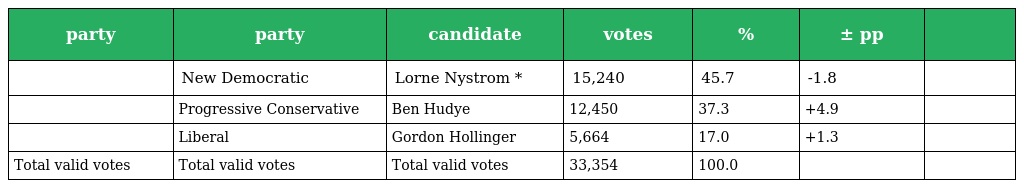
| party | party | candidate | votes | % | ± pp |  |
 | --- | --- | --- | --- | --- | --- | --- |
 |  | New Democratic | Lorne Nystrom * | 15,240 | 45.7 | -1.8 |  |
 |  | Progressive Conservative | Ben Hudye | 12,450 | 37.3 | +4.9 |  |
 |  | Liberal | Gordon Hollinger | 5,664 | 17.0 | +1.3 |  |
 | Total valid votes | Total valid votes | Total valid votes | 33,354 | 100.0 |  |  |